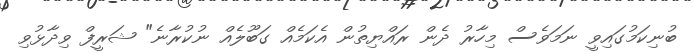
ބުނިކަމުގައިވީ ނަމަވެސް މިހާރު ދެން ރައްޔިތުން އެކަމެއް ގަބޫލެއް ނުކުރާނެ" ޝަރީފް ވިދާޅުވި